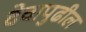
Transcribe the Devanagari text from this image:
देवापुढील